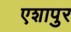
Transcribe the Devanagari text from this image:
एशापुर